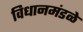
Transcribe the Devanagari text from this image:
विधानमंडळे